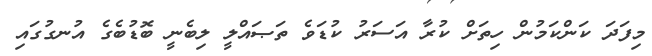
މިފަދަ ކަންކަމުން ހިތަށް ކުރާ އަސަރު ކުޑަވެ ތަޞައްލީ ލިބެނީ ބޮޑުބެގެ އުނގުގައި